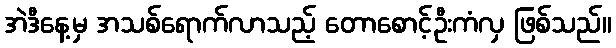
အဲဒီနေ့မှ အသစ်ရောက်လာသည့် တောစောင့်ဦးကံလှ ဖြစ်သည်။